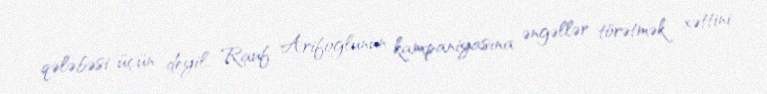
qələbəsi üçün deyil, Rauf Arifoğlunun kampaniyasına əngəllər törətmək xəttini